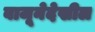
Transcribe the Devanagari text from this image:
बाजूनेदेखील